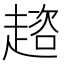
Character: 趦